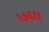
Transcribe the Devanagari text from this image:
१७६१।